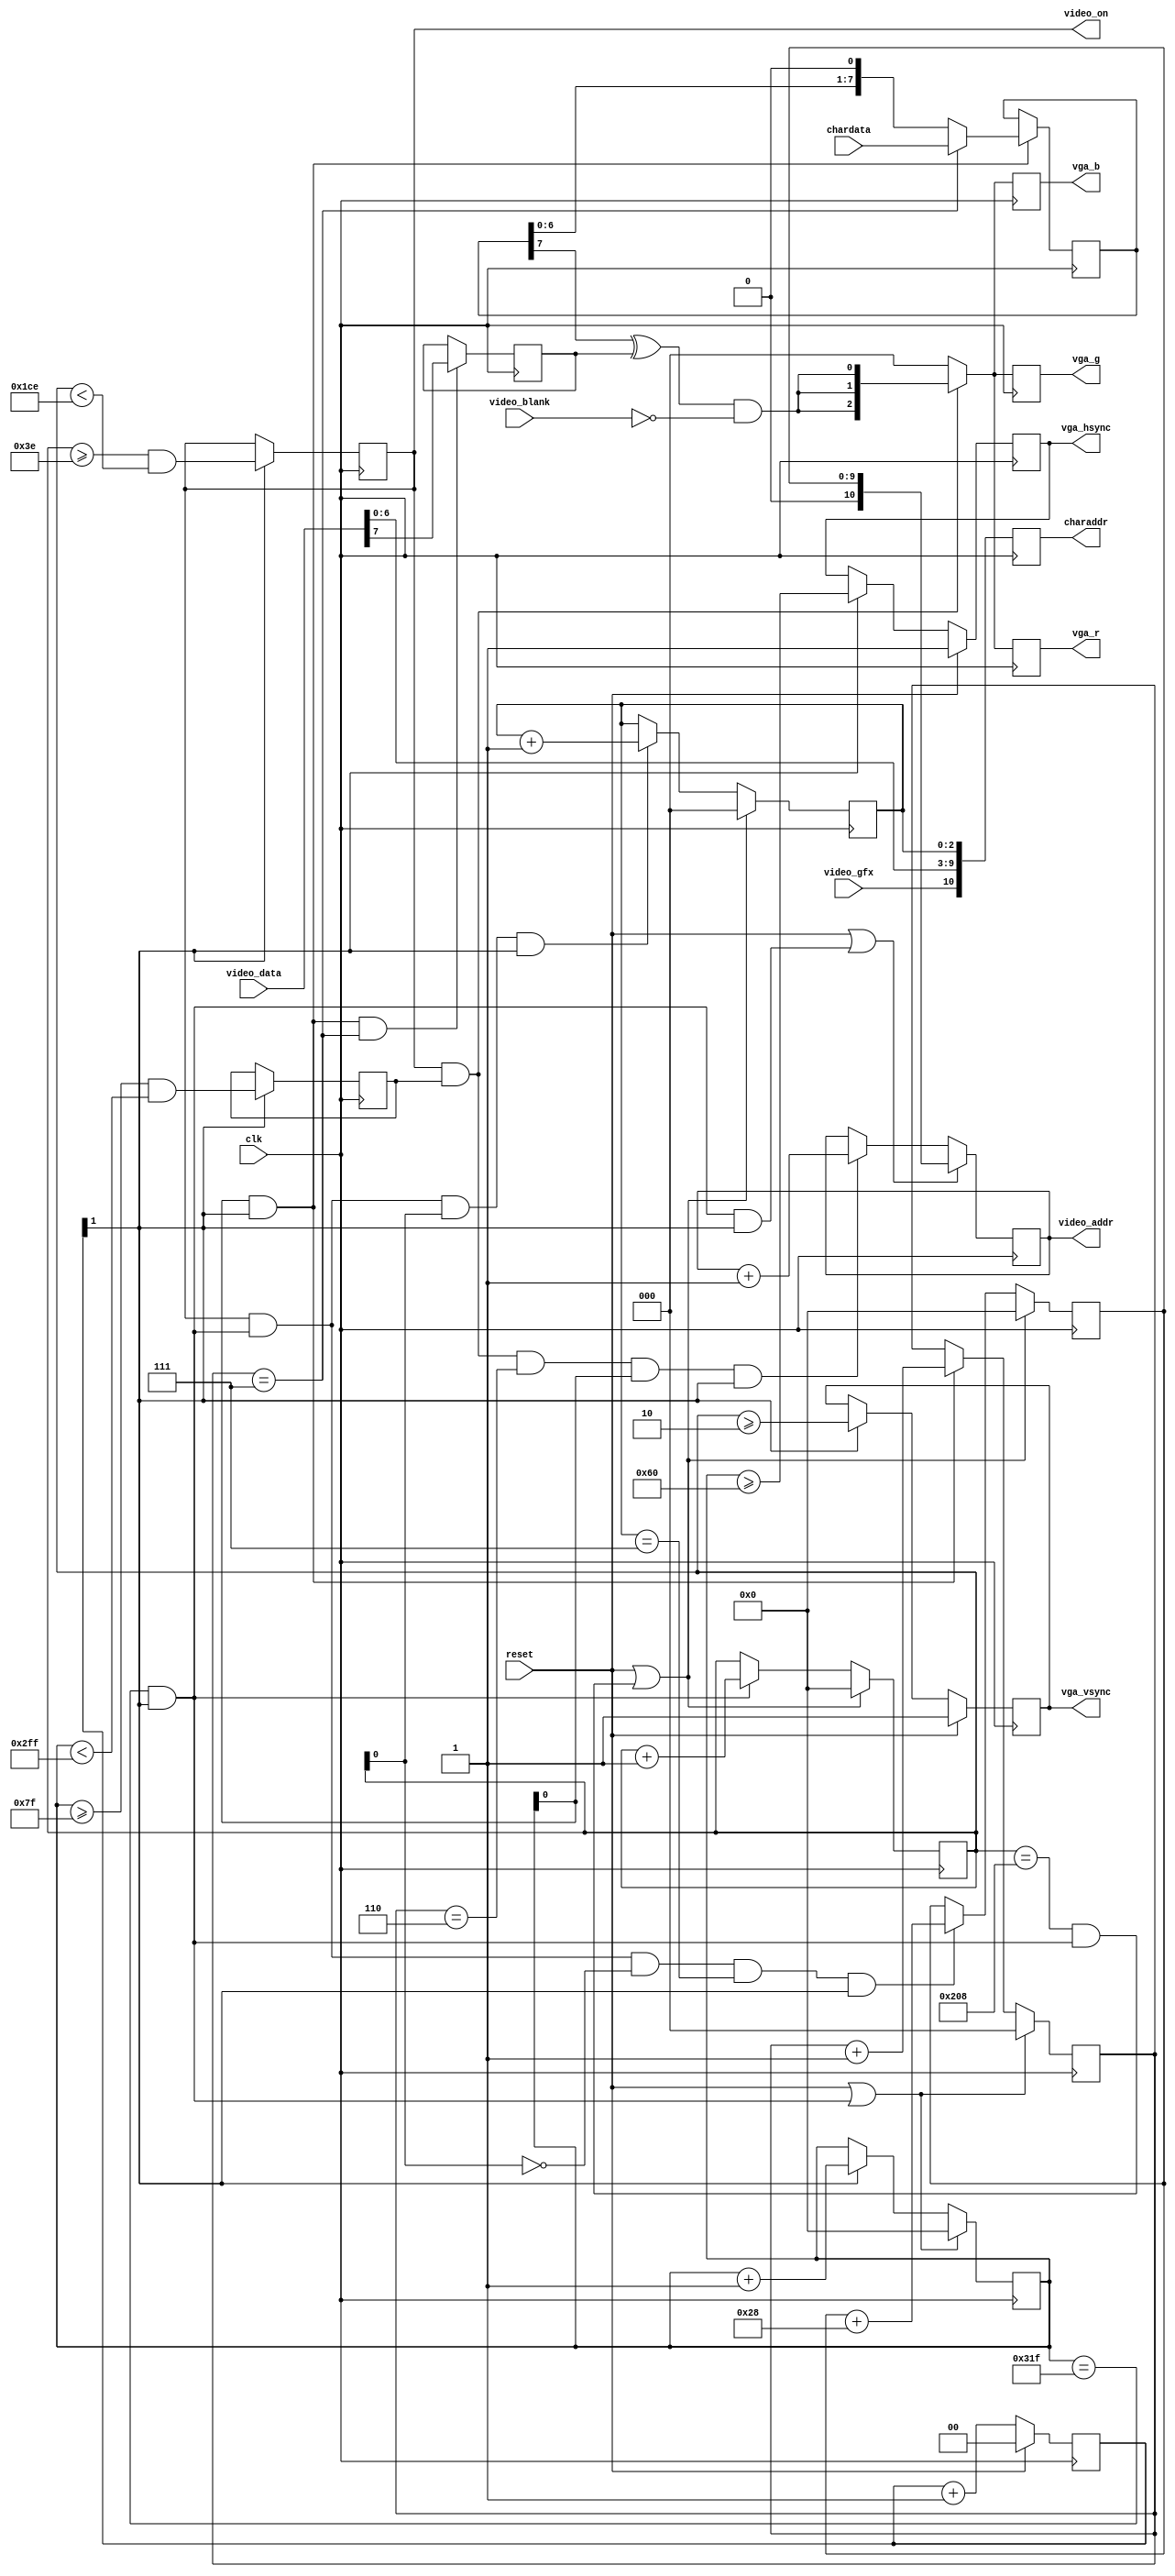
`timescale 1ns / 1ps
//////////////////////////////////////////////////////////////////////////
//
// 
//
// Module Name: pet2001video
//
// Description:   Implement Pet 2001 video on a 640x400 VGA screen. 
//
/////////////////////////////////////////////////////////////////////////////
//////////////////////////////////////////////////////////////////////////////
//
// Copyright (C) 2011, Thomas Skibo.  All rights reserved.
// 
// Redistribution and use in source and binary forms, with or without
// modification, are permitted provided that the following conditions are met:
// * Redistributions of source code must retain the above copyright
//   notice, this list of conditions and the following disclaimer.
// * Redistributions in binary form must reproduce the above copyright
//   notice, this list of conditions and the following disclaimer in the
//   documentation and/or other materials provided with the distribution.
// * The names of contributors may not be used to endorse or promote products
//   derived from this software without specific prior written permission.
// 
// THIS SOFTWARE IS PROVIDED BY THE COPYRIGHT HOLDERS AND CONTRIBUTORS "AS IS"
// AND ANY EXPRESS OR IMPLIED WARRANTIES, INCLUDING, BUT NOT LIMITED TO, THE
// IMPLIED WARRANTIES OF MERCHANTABILITY AND FITNESS FOR A PARTICULAR PURPOSE
// ARE DISCLAIMED. IN NO EVENT SHALL Thomas Skibo OR CONTRIBUTORS BE LIABLE FOR
// ANY DIRECT, INDIRECT, INCIDENTAL, SPECIAL, EXEMPLARY, OR CONSEQUENTIAL
// DAMAGES (INCLUDING, BUT NOT LIMITED TO, PROCUREMENT OF SUBSTITUTE GOODS OR
// SERVICES; LOSS OF USE, DATA, OR PROFITS; OR BUSINESS INTERRUPTION) HOWEVER
// CAUSED AND ON ANY THEORY OF LIABILITY, WHETHER IN CONTRACT, STRICT
// LIABILITY, OR TORT (INCLUDING NEGLIGENCE OR OTHERWISE) ARISING IN ANY WAY
// OUT OF THE USE OF THIS SOFTWARE, EVEN IF ADVISED OF THE POSSIBILITY OF
// SUCH DAMAGE.
//
//////////////////////////////////////////////////////////////////////////////

module pet2001video(output reg [2:0]	vga_r,		// VGA output
		    output reg [2:0]	vga_g,
		    output reg [2:0]	vga_b,
		    output reg        	vga_hsync,
		    output reg        	vga_vsync,

		    output reg [10:0]  	video_addr,	// Video RAM intf
		    input [7:0]    	video_data,

                    output reg [10:0]	charaddr,	// char rom intf
                    input [7:0]		chardata,

                    output 		video_on,	// control sigs
                    input		video_blank,
                    input		video_gfx,

		    input          	reset,
		    input          	clk
               );
   
    ////////////////////////////// VGA counters //////////////////////////////
    //
    reg [9:0]	h_counter;
    reg [9:0] 	v_counter;
    wire 	next_line;
    wire 	next_screen;
    reg [1:0] 	clk_div_cnt;
    wire 	clk_div;
   
    // Divide clk by 4 or 2.
    always @(posedge clk)
	if (reset)
            clk_div_cnt <= 2'b00;
	else
            clk_div_cnt <= clk_div_cnt + 1'b1;

`ifdef CLK100MHZ
    assign clk_div = (clk_div_cnt == 2'b11);
`elsif CLK25MHZ
    assign clk_div = 1'b1;
`else
    assign clk_div = clk_div_cnt[1];
`endif
   
    always @(posedge clk)
	if (reset || next_line)
            h_counter <= 10'd0;
	else if (clk_div)
            h_counter <= h_counter + 1'b1;
         
    assign next_line = (h_counter == 10'd799) && clk_div;
   
   
    always @(posedge clk)
	if (reset || next_screen)
            v_counter <= 10'd0;
	else if (next_line)
            v_counter <= v_counter + 1'b1;
         
    assign next_screen = (v_counter == 10'd520) && next_line;
   
   
    always @(posedge clk)
	if (reset)
            vga_hsync <= 1;
	else if (clk_div)
            vga_hsync <= (h_counter >= 10'd96);
    
    always @(posedge clk)
	if (reset)
            vga_vsync <= 1;
	else if (clk_div)
            vga_vsync <= (v_counter >= 10'd2);

    ////////// Pet 320x200 display within 800x520 VGA (pixels doubled) ////////
    //
    reg [2:0] 	pixel_xbit;		// 0-7: video bit within byte
    reg [2:0] 	pixel_ybit;		// 0-7: row within char
    reg 	is_pet_row;		// is a row in pet video region
    reg 	is_pet_col;           	// is a column in pet video region

    // "window" within display
    parameter [9:0]
	PET_WINDOW_TOP =	10'd62,
      	PET_WINDOW_LEFT =	10'd127,	// mod 8 must be 7.
      	PET_WINDOW_BOTTOM =	PET_WINDOW_TOP + 10'd400,
	PET_WINDOW_RIGHT =	PET_WINDOW_LEFT + 10'd640;

    always @(posedge clk)
	if (clk_div) begin
            is_pet_row <= (v_counter >= PET_WINDOW_TOP &&
			   v_counter < PET_WINDOW_BOTTOM);
            is_pet_col <= (h_counter >= PET_WINDOW_LEFT &&
			   h_counter < PET_WINDOW_RIGHT);
	end

    always @(posedge clk)
	if (reset || next_screen)
            pixel_ybit <= 3'd0;
	else if (is_pet_row && next_line && v_counter[0] && clk_div)
            pixel_ybit <= pixel_ybit + 1'b1;

    always @(posedge clk)
	if (reset || next_line)
            pixel_xbit <= 3'd0;
	else if (h_counter[0] && clk_div)
            pixel_xbit <= pixel_xbit + 1'b1;

    // This signal is used to generate 60hz interrupts and was used on
    // original PET to avoid "snow" on the display by preventing simultaneous
    // reads and writes to video RAM.
    assign video_on = is_pet_row;

    /////////////////////// Video RAM address generator ////////////////////
    //

    // Keeps the video address of the leftmost character in current row.
    reg [9:0]	video_row_addr;
    always @(posedge clk)
	if (reset || next_screen)
            video_row_addr <= 10'd0;
	else if (is_pet_row && next_line && !v_counter[0] &&
		 pixel_ybit == 3'b111 && clk_div)
            video_row_addr <= video_row_addr + 6'd40;

    // Keeps the video address of the current character.  Scans through
    // each row 8 times before video_row_addr is incremented.
    always @(posedge clk)
	if (reset || (next_line && clk_div))
            video_addr <= { 1'b0, video_row_addr };
	else if (is_pet_row && is_pet_col && pixel_xbit == 3'd6 &&
		 h_counter[0] && clk_div)
            video_addr <= video_addr + 1'b1;

    // Generate an address into the character ROM.
    always @(posedge clk)
	charaddr <= { video_gfx, video_data[6:0], pixel_ybit[2:0] };

    // Shift register is loaded with character ROM data and spit out to screen.
    reg [7:0] 	chardata_r;
    always @(posedge clk)
	if (clk_div && h_counter[0]) begin
            if (pixel_xbit == 3'd7)
		chardata_r <= chardata;
            else
		chardata_r <= { chardata_r[6:0], 1'b0 };
	end
    
    // Is current character reverse video?
    reg	char_invert;
    always @(posedge clk)
	if (clk_div && h_counter[0] && pixel_xbit == 3'd7)
            char_invert <= video_data[7];

    //////////////////////////////// Video Logic ////////////////////////////
    //
    wire pixel = (chardata_r[7] ^ char_invert) & ~video_blank;
    wire [2:0] petvideo = {pixel, pixel, pixel};
   
    always @(posedge clk) begin
        vga_r <= (is_pet_row && is_pet_col) ? petvideo : 3'b000;
	vga_g <= (is_pet_row && is_pet_col) ? petvideo : 3'b000;
        vga_b <= (is_pet_row && is_pet_col) ? petvideo : 3'b000;
    end

endmodule // pet2001video